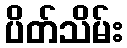
ပိတ်သိမ်း